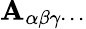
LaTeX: \mathbf{A}_{\alpha\beta\gamma\cdots}